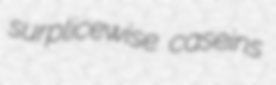
surplicewise caseins